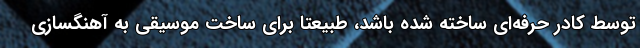
توسط کادر حرفه‌ای ساخته شده باشد، طبیعتا برای ساخت موسیقی به آهنگسازی